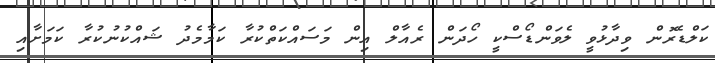
ކަލްޑެރޮން ވިދާޅުވީ ލެވަންޑޯސްކީ ހޯދަން ރެއާލް އިން މަސައްކަތްކުރާ ކަމާމެދު ޝައްކުނުކުރާ ކަމަށާއި